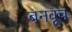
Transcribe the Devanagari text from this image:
बनवूच